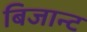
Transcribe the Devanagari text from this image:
बिजान्ट